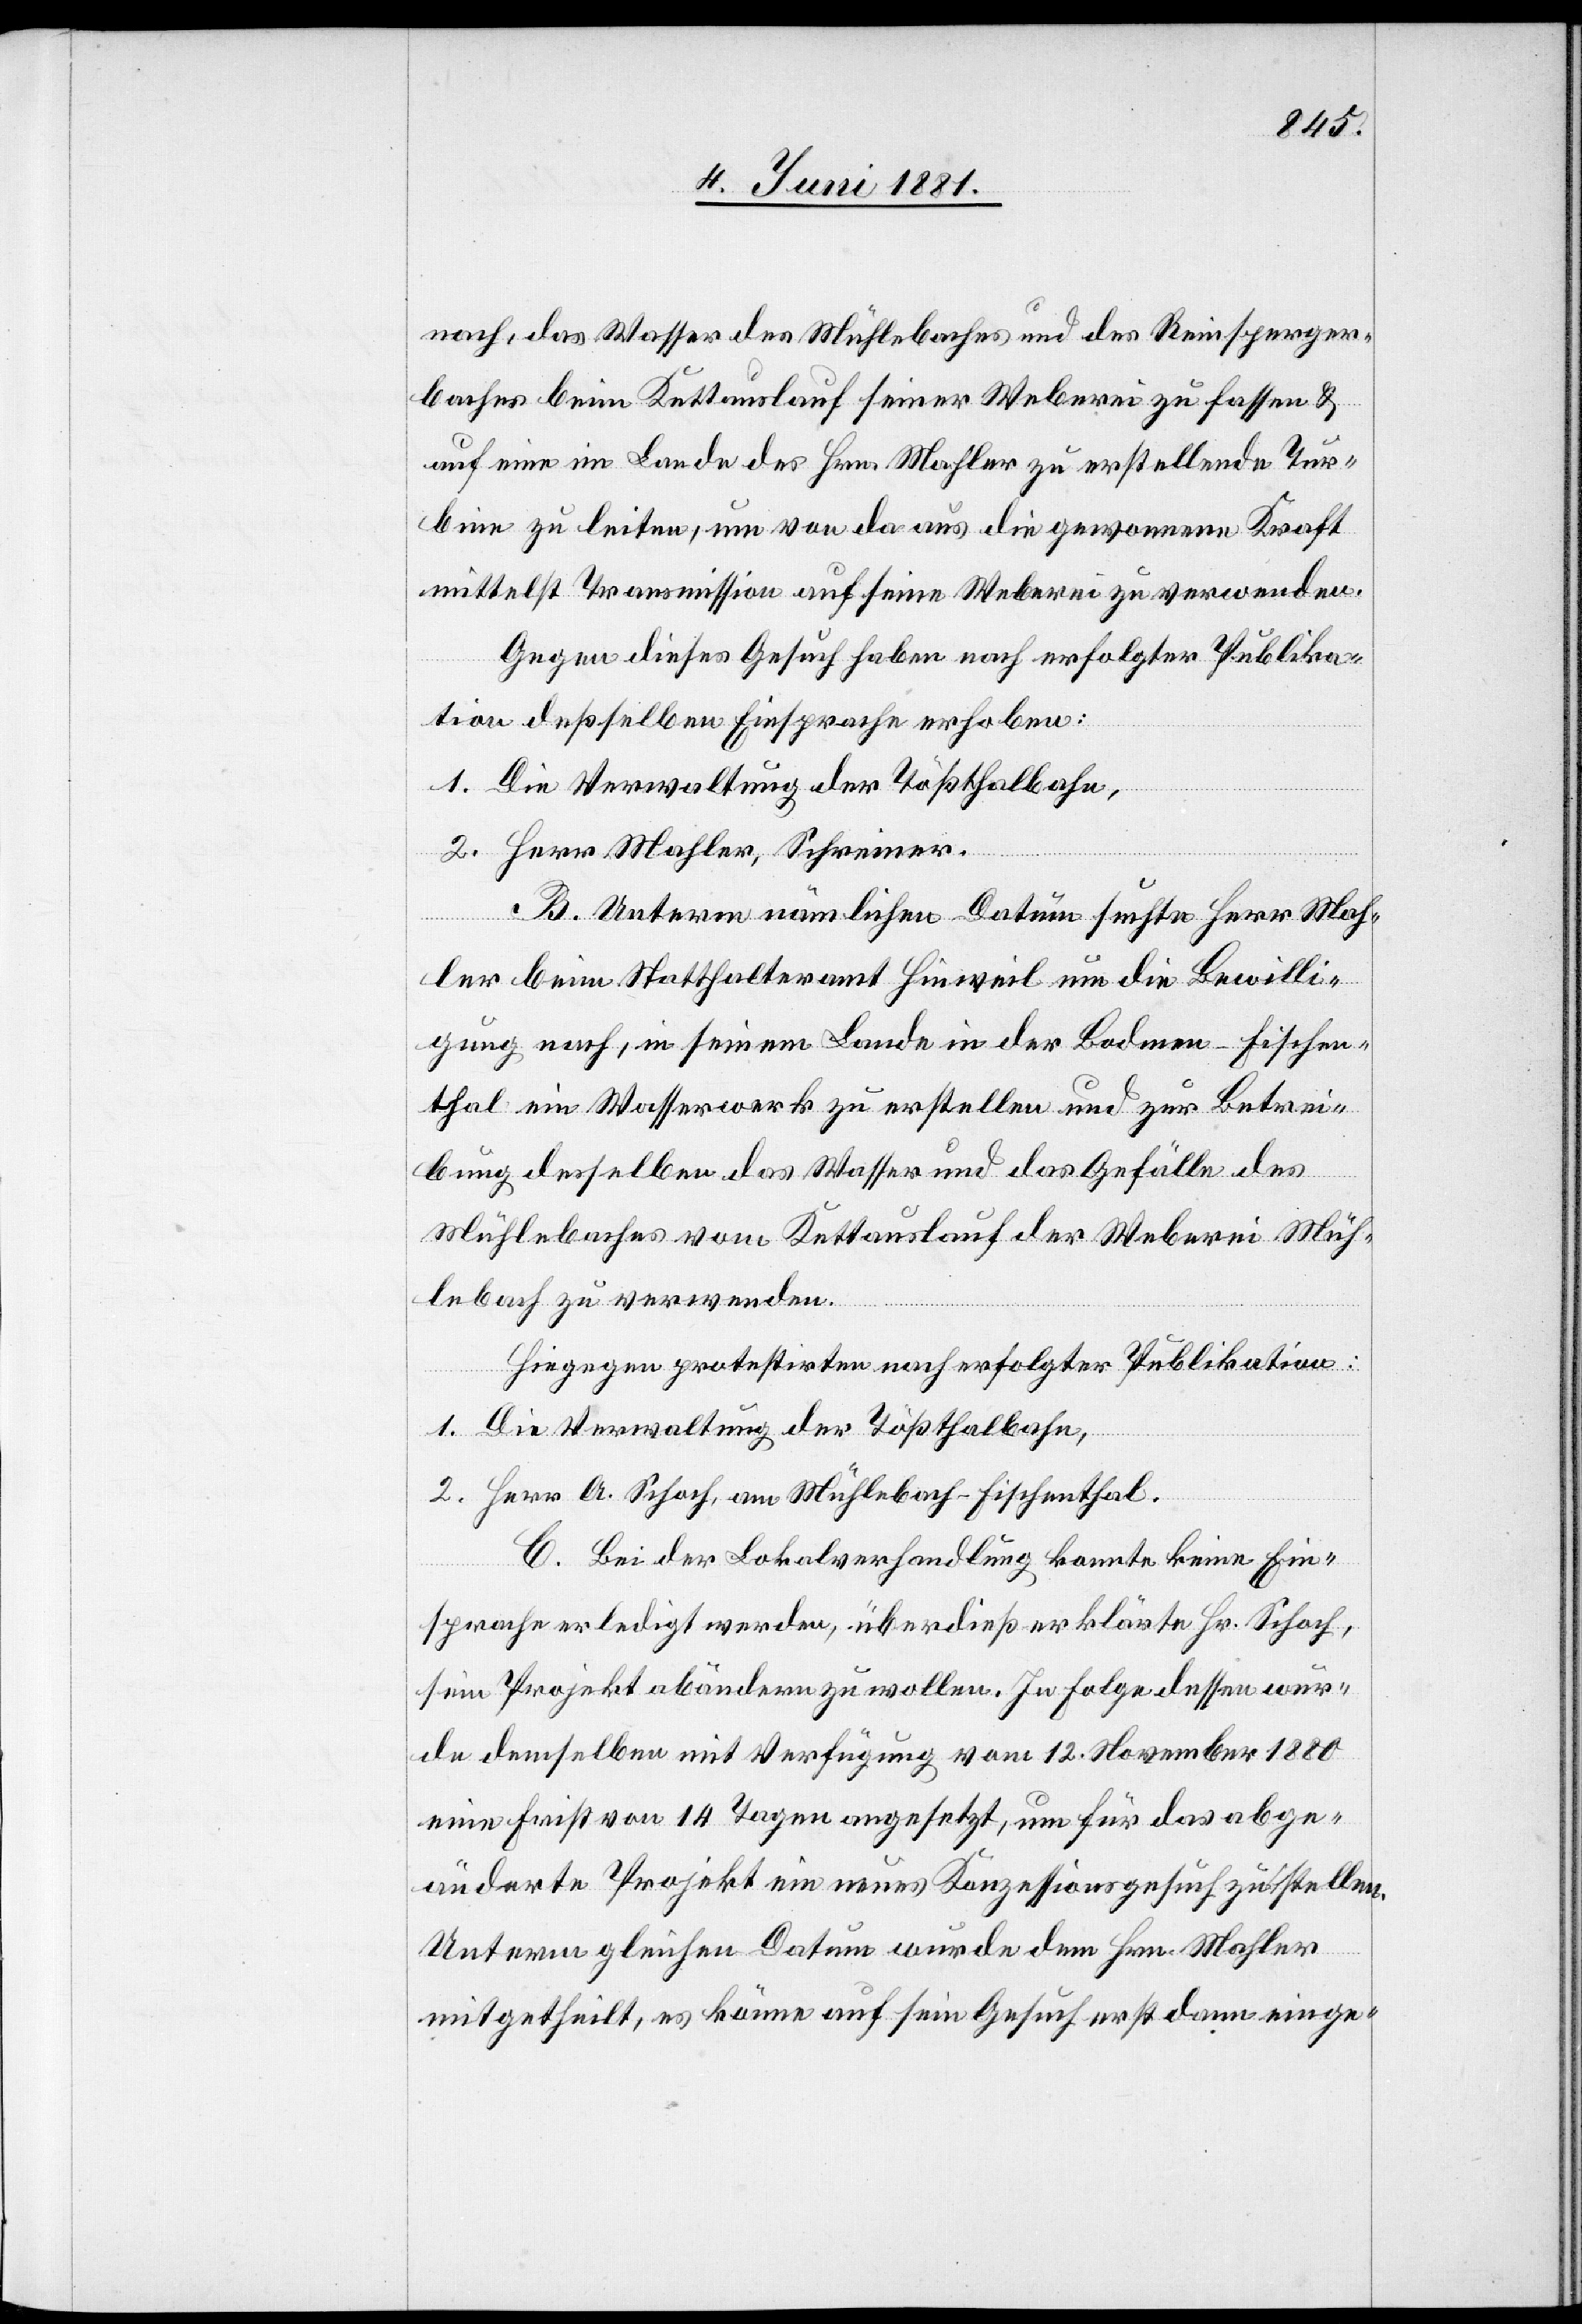
nach, das Wasser des Mühlebaches und des Reinsperger¬
baches beim Kettauslauf seiner Weberei zu fassen &
auf eine im Lande des Hrn. Mahler zu erstellende Tur¬
bine zu leiten, um von da aus die gewonnene Kraft
mittelst Transmission auf seine Weberei zu verwenden.
Gegen dieses Gesuch habe nach erfolgter Publika¬
tion deßselben Einsprache erhoben:
1. Die Verwaltung der Tößthalbahn,
2. Herr Mahler, Schreiner.
B. Unterm nämlichen Datum suchte Herr Mah¬
ler beim Statthalteramt Hinweil um die Bewilli¬
gung nach, in seinem Lande in der Bodmen - Fischen¬
thal ein Wasserwerk zu erstellen und zur Betrei¬
bung desselben das Wasser und das Gefälle des
Mühlebaches vom Kettauslauf der Weberei Müh¬
lebach zu verwenden.
1. Die Verwaltung der Tößthalbahn,
2. Herr A. Schoch, am Mühlebach - Fischenthal.
C. Bei der Lokalverhandlung konnte keine Ein¬
sprache erledigt werden, überdieß erklärte Hr. Schoch
sein Projekt abändern zu wollen. In Folge dessen wur¬
de demselben mit Verfügung vom 12. November 1880
eine Frist von 14 Tagen angesetzt, um für das abge¬
änderte Projekt ein neues Konzessionsgesuch zu stellen.
Unterm gleichen Datum wurde dem Hrn. Mahler
mitgetheilt, es könne auf sein Gesuch erst dann einge-